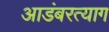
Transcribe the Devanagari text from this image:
आडंबरत्याग